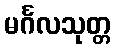
မင်္ဂလသုတ္တ